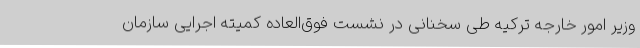
وزیر امور خارجه ترکیه طی سخنانی در نشست فوق‌العاده کمیته اجرایی سازمان